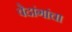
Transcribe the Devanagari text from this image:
वेदांगांचा